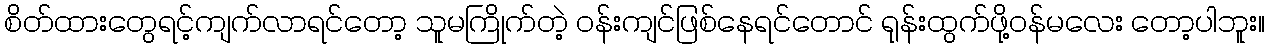
စိတ်ထားတွေရင့်ကျက်လာရင်တော့ သူမကြိုက်တဲ့ ဝန်းကျင်ဖြစ်နေရင်တောင် ရုန်းထွက်ဖို့ဝန်မလေး တော့ပါဘူး။